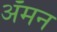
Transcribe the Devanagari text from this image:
अॅमन